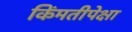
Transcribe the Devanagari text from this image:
किंमतीपेक्षा